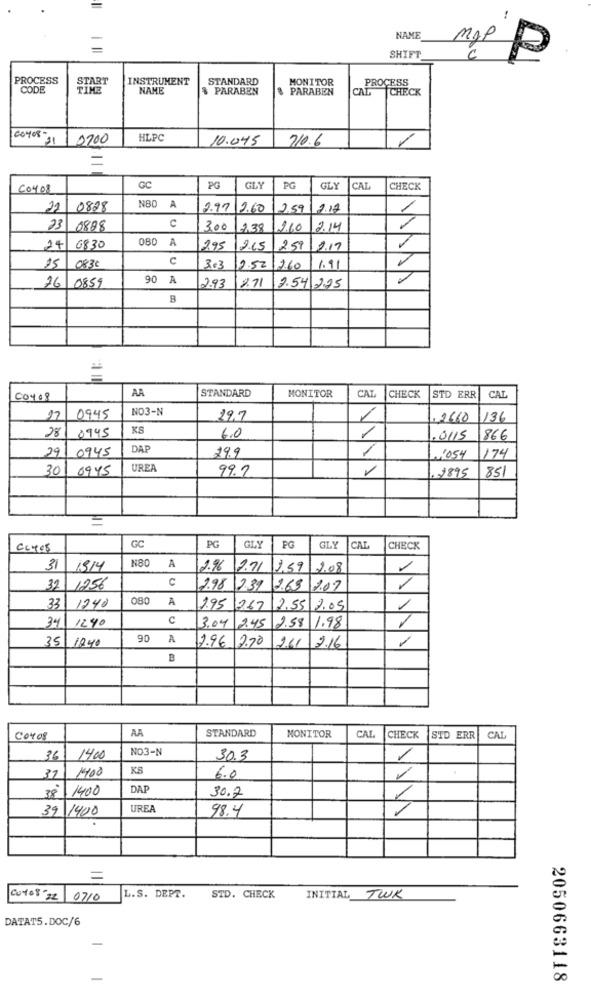
NAME
SHIFT
PROCESS
START
INSTRUMENT
STANDARD
MONITOR
PROCESS
CODE
TIME
NAME
$ PARABEN
$ PARABEN
CAL
CHECK
60408-31
0200
HLPC
10.045
710.6
CO408
GC
PG
GLY
PG
GLY
CAL
CHECK
22
0828
NB0 A
2.97 2.60
2.59
2.17
23
0888
C
300
2.38
2.60
2.14
OBD A
24
6830
295
12.65
251
2.17
c
15
0830
3.3
12.52
260
1.91
90 A
IAAAA
26
0859
2.93
2.71
2.54 225
B
AA
STANDARD
MONITOR
CAL
CHECK
CAL
CO408
STD ERR
NO3-N
17
0945
19.7
1
, 2660
136
0945
KS
28
6.0
.0/15
866
0945
DAF
29.9
29
11054
174
30
0945
UREA
99.7
.2895
851
GC
PG
GLY
PG
GLY
CAL
CHECK
N80
31
1914
A
2.96
12.71
2.59
2.08
C
1
39
1256
2.98 2.39
2.63 2.07
080
A
33
1240
1.95
267
2.55
12.05
1
34
1240
C
3.04
2.45 2.58
1.98
35
18:40
90
A
2.96
2.70
261
2.16
AA
STANDARD
MONITOR
CO408
CAL
CHECK
STD ERR
CAL
NO3-N
36
1400
30.3
1400
KS
37
6.0
1400
DAF
30.2
38
39
1400
UREA
98.4
=
COMO8 22 0710
L.S. DEPT.
STD. CHECK
INITIAL TWK
DATAT5.DOC/6
2050663118